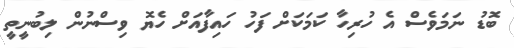
ބޮޑު ނަމަވެސް އެ ހުރިހާ ކަމަކަށް ފަހު ހައިފާއަށް ހެޔޮ ވިސްނުން ލިބުނީތީ